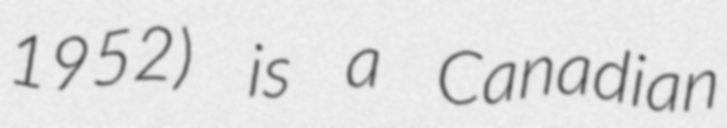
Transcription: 1952) is a Canadian